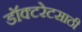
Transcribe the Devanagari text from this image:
डॉक्टरेटसाठी